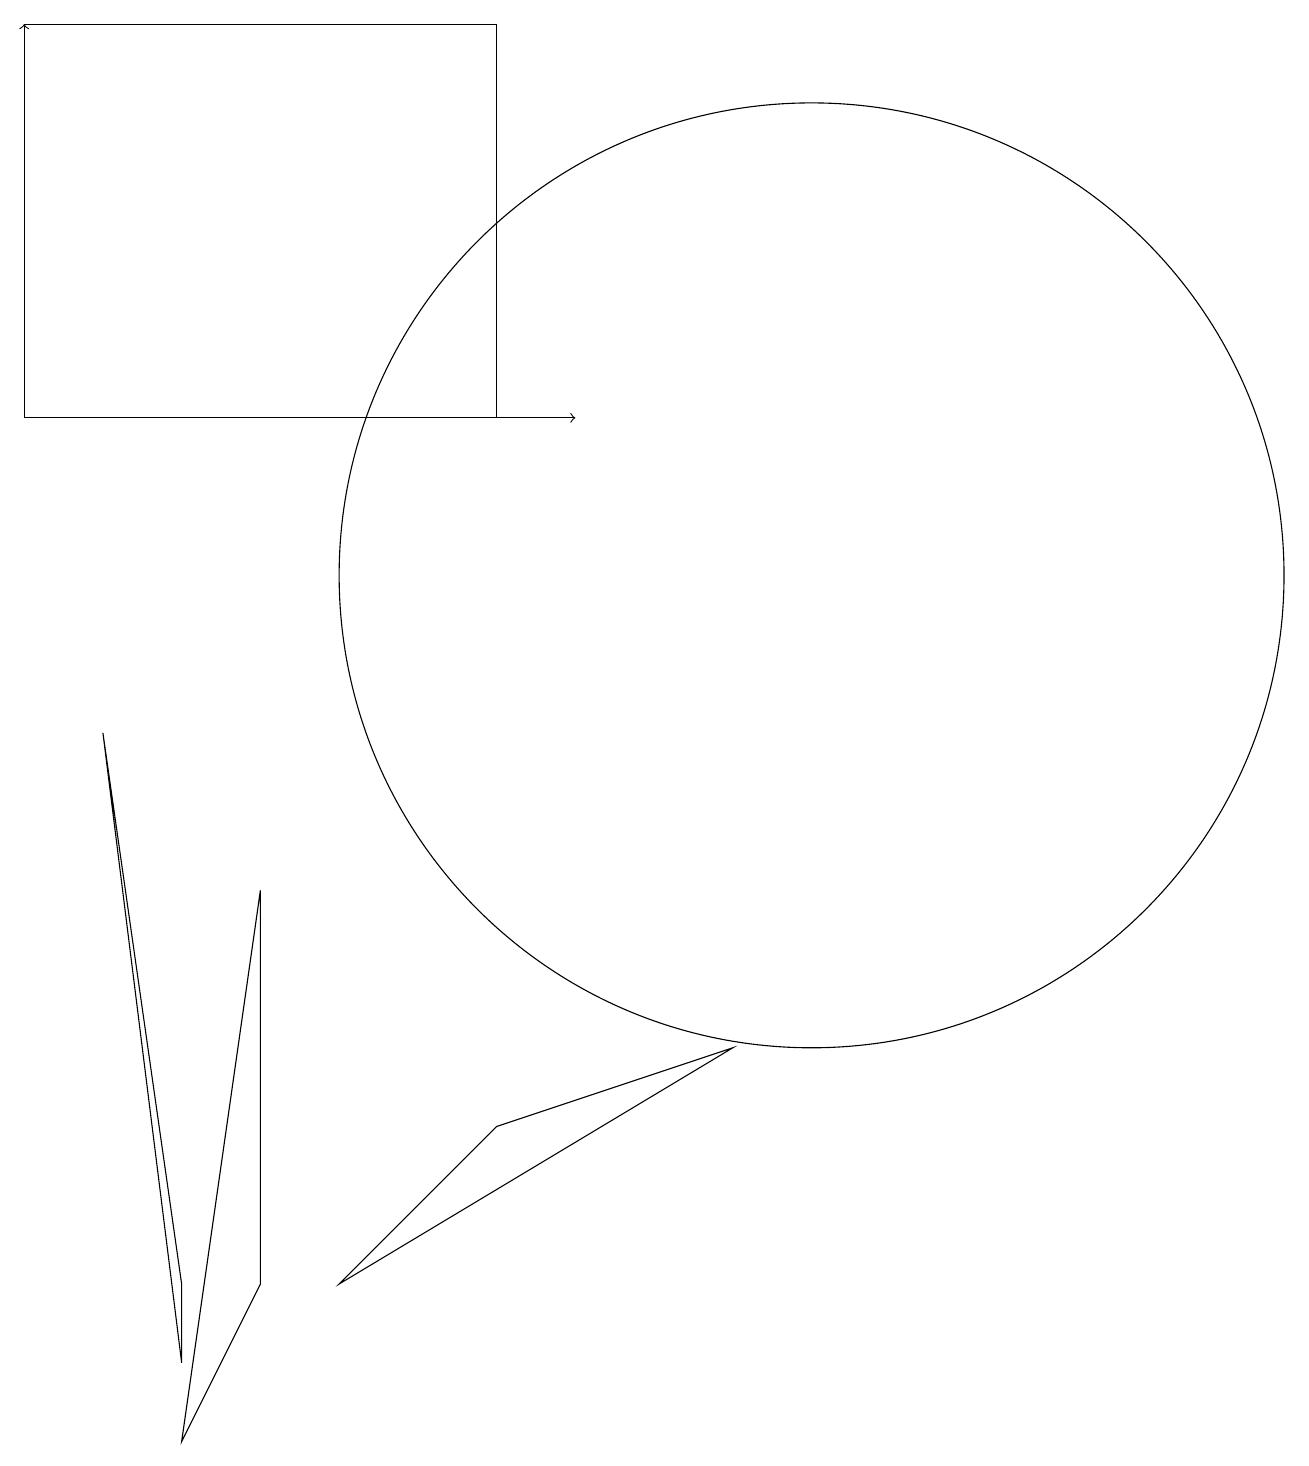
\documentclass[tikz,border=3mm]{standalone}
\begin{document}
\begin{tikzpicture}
\draw (0,18) rectangle (6,13);
\draw[->] (3,13) -- (7,13);
\draw (10,11) circle (6);
\draw[->] (0,17) -- (0,18);
\draw (1,9) -- (2,2) -- (2,1) -- cycle;
\draw (2,0) -- (3,2) -- (3,7) -- cycle;
\draw (4,2) -- (9,5) -- (6,4) -- cycle;
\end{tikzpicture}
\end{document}